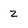
Character: z